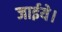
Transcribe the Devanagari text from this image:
जाईये।